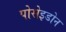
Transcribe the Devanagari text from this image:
पोसेइडोन